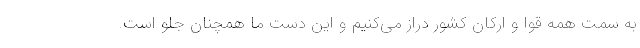
به سمت همه قوا و ارکان کشور دراز می‌کنیم و این دست ما همچنان جلو است.